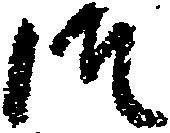
御